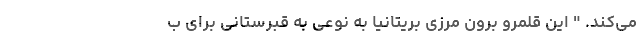
می‌کند. " این قلمرو برون مرزی بریتانیا به نوعی به قبرستانی برای ب